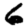
Digit: 6